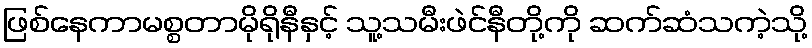
ဖြစ်နေကာမစ္စတာမိုရိုနီနှင့် သူ့သမီးဖဲင်နီတို့ကို ဆက်ဆံသကဲ့သို့